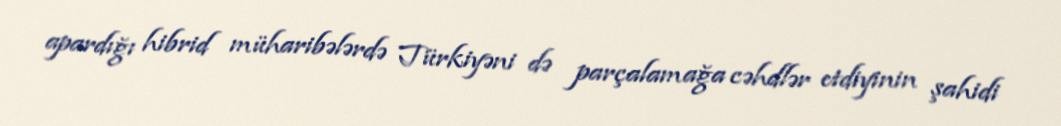
apardığı hibrid müharibələrdə Türkiyəni də parçalamağa cəhdlər etdiyinin şahidi